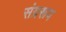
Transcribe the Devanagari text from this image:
संग्ररूप